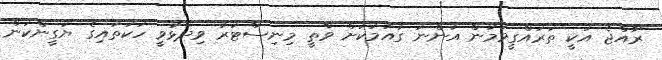
ރާއްޖެ އަކީ ތަރައްގީވަމުން އަންނަ ގައުމަކަށް ވާތީ މިނިސްޓަރު ވިދާޅުވީ ހަކަތައިގެ ޔަގީންކަން